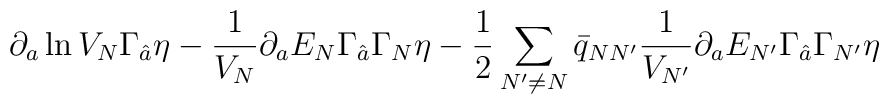
\partial_a \ln V_N \Gamma_{\hat{a}}\eta-{1\over V_N}\partial_a E_N\Gamma_{\hat{a}} \Gamma_N \eta-{1\over 2}\sum_{N'\neq N} \bar{q}_{NN'}{1\over V_{N'}}\partial_a E_{N'} \Gamma_{\hat{a}} \Gamma_{N'}\eta \qquad\qquad